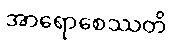
အာရောစေဿတိ